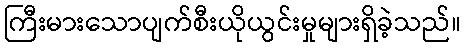
ကြီးမားသောပျက်စီးယိုယွင်းမှုများရှိခဲ့သည်။